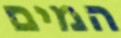
המים